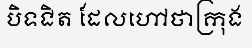
បិទជិត ដែលហៅថាក្រុង